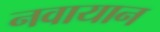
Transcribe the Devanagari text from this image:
नवायान